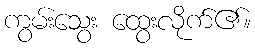
ကွမ်းသွေး ထွေးလိုက်၏။